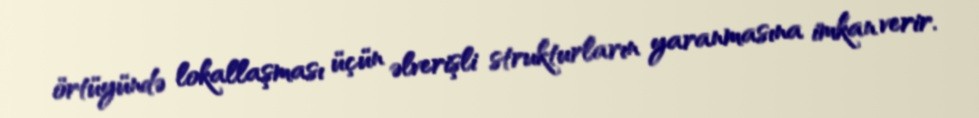
örtüyündə lokallaşması üçün əlverişli strukturların yaranmasına imkan verir.